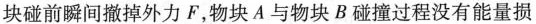
块碰前瞬间撤掉外力F，物块A与物块B碰撞过程没有能量损